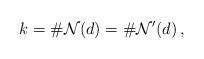
LaTeX: \begin{align*}k=\#\mathcal{N}(d)=\#\mathcal{N}'(d)\,,\end{align*}